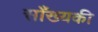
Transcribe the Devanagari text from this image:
साँख्यकी